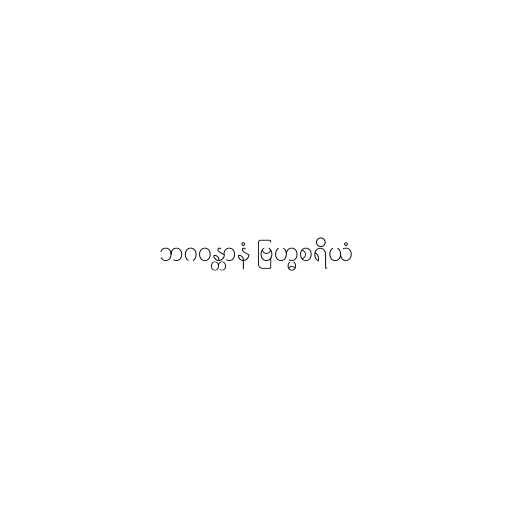
ဘဂဝန္တာနံ ဗြဟ္မစရိယံ